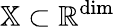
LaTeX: \mathbb{X}\subset\mathbb{R}^{\textrm{dim}}